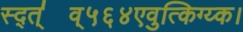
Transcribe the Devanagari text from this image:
स्द्त्॑व्५६४एवुत्किग्य्क।